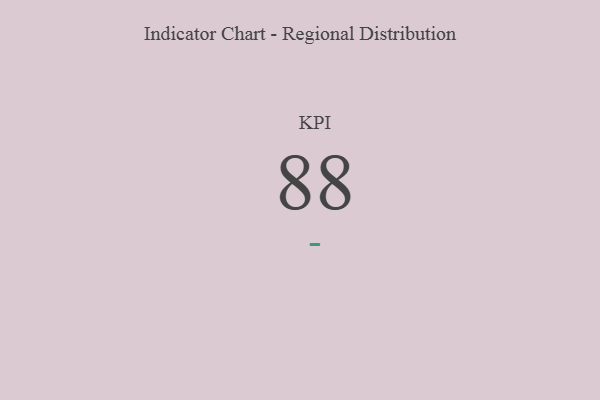
{"axis": {"x": "KPI", "y": "Value"}, "legend": [""], "data": [{"x": "KPI", "y": 88, "type": ""}]}